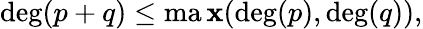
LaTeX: \deg(p+q)\leq\operatorname*{ma\mathbf{x}}(\deg(p),\deg(q)),